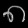
Digit: ၈